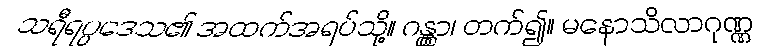
သရီရပ္ပဒေသ၏ အထက်အရပ်သို့။ ဂန္တွာ၊ တက်၍။ မနောသိလာဂုဏ္ဏ